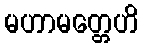
မဟာမတ္တေဟိ